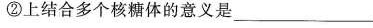
②上结合多个核糖体的意义是___